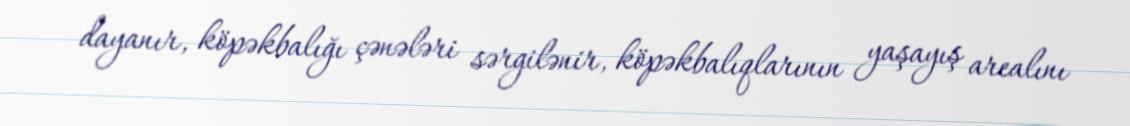
dayanır, köpəkbalığı çənələri sərgilənir, köpəkbalıqlarının yaşayış arealını